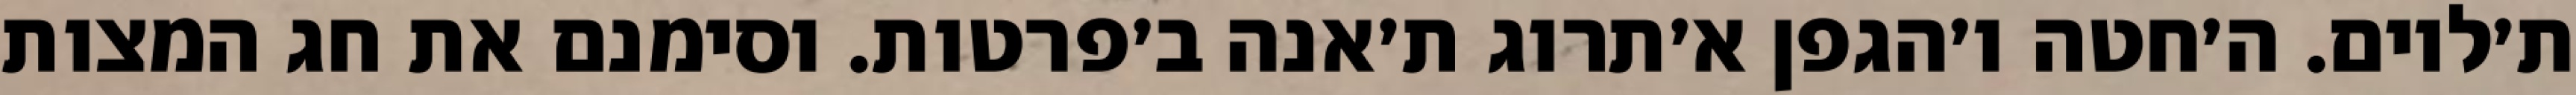
ת׳לוים. ה׳חטה ו׳הגפן א׳תרוג ת׳אנה ב׳פרטות. וסימנם את חג המצות